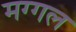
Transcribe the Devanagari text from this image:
मग्गल